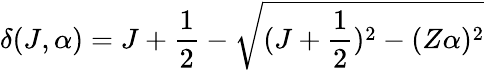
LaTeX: \delta(J,\alpha)=J+\frac{1}{2}-\sqrt{(J+\frac{1}{2})^{2}-(Z\alpha)^{2}}